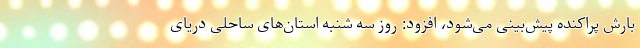
بارش پراکنده پیش‌بینی می‌شود، افزود: روز سه شنبه استان‌های ساحلی دریای